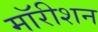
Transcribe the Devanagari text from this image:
मॉरीशन